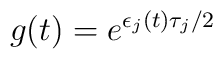
g(t)= e^{ \epsilon_j(t)\tau_j/2}